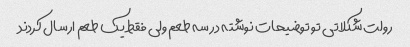
رولت شکلاتی تو توضیحات نوشته در سه طعم ولی فقط یک طعم ارسال کردند